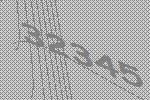
32345